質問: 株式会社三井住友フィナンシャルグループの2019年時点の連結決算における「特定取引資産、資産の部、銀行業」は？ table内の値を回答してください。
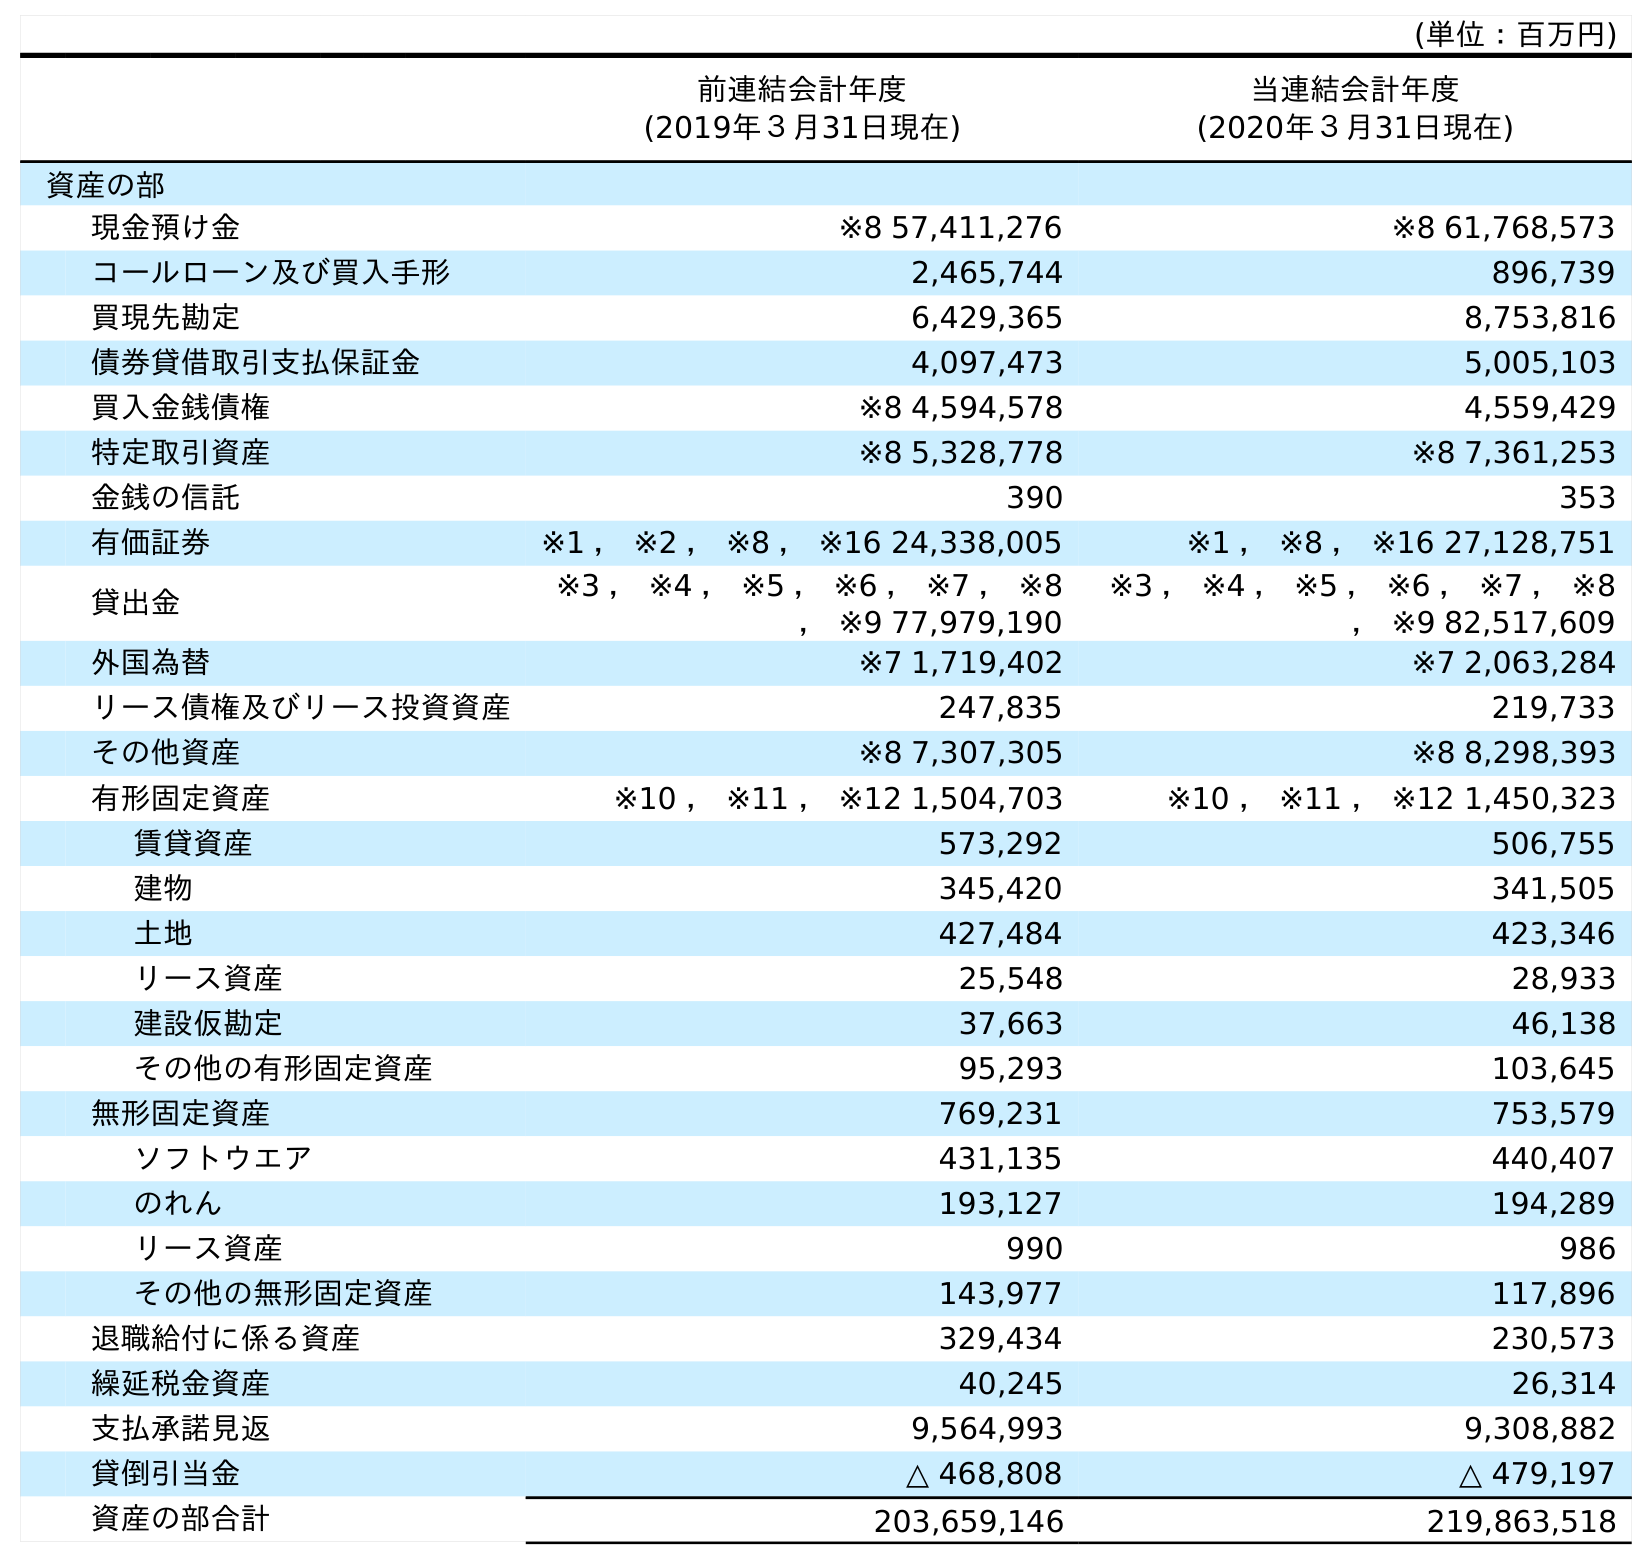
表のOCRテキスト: (単位：百万円) 前連結会計年度 (2019年３月31日現在) 当連結会計年度 (2020年３月31日現在) 資産の部 現金預け金 ※8 57,411,276 ※8 61,768,573 コールローン及び買入手形 2,465,744 896,739 買現先勘定 6,429,365 8,753,816 債券貸借取引支払保証金 4,097,473 5,005,103 買入金銭債権 ※8 4,594,578 4,559,429 特定取引資産 ※8 5,328,778 ※8 7,361,253 金銭の信託 390 353 有価証券 ※1 ， ※2 ， ※8 ， ※16 24,338,005 ※1 ， ※8 ， ※16 27,128,751 貸出金 ※3 ， ※4 ， ※5 ， ※6 ， ※7 ， ※8 ， ※9 77,979,190 ※3 ， ※4 ， ※5 ， ※6 ， ※7 ， ※8 ， ※9 82,517,609 外国為替 ※7 1,719,402 ※7 2,063,284 リース債権及びリース投資資産 247,835 219,733 その他資産 ※8 7,307,305 ※8 8,298,393 有形固定資産 ※10 ， ※11 ， ※12 1,504,703 ※10 ， ※11 ， ※12 1,450,323 賃貸資産 573,292 506,755 建物 345,420 341,505 土地 427,484 423,346 リース資産 25,548 28,933 建設仮勘定 37,663 46,138 その他の有形固定資産 95,293 103,645 無形固定資産 769,231 753,579 ソフトウエア 431,135 440,407 のれん 193,127 194,289 リース資産 990 986 その他の無形固定資産 143,977 117,896 退職給付に係る資産 329,434 230,573 繰延税金資産 40,245 26,314 支払承諾見返 9,564,993 9,308,882 貸倒引当金 △ 468,808 △ 479,197 資産の部合計 203,659,146 219,863,518
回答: ※85,328,778